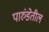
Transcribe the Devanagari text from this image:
पारुंडेतील